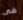
فى